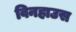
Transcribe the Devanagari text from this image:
विनहाउस